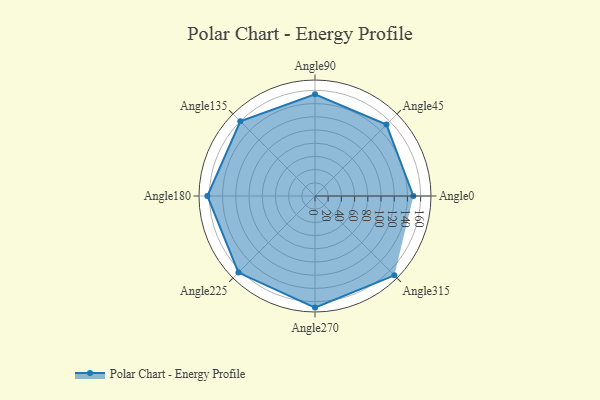
{"axis": {"x": "Angle", "y": "Radius"}, "legend": [""], "data": [{"x": "Angle0", "y": 149.0, "type": ""}, {"x": "Angle45", "y": 153.0, "type": ""}, {"x": "Angle90", "y": 154.0, "type": ""}, {"x": "Angle135", "y": 160.0, "type": ""}, {"x": "Angle180", "y": 163.0, "type": ""}, {"x": "Angle225", "y": 164.0, "type": ""}, {"x": "Angle270", "y": 169.0, "type": ""}, {"x": "Angle315", "y": 170, "type": ""}]}